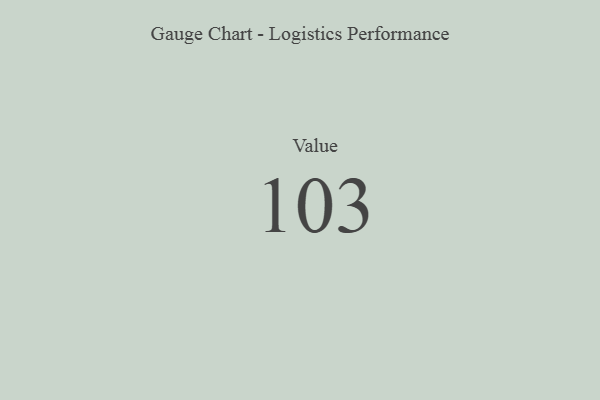
{"axis": {"x": "Metric", "y": "Value"}, "legend": [""], "data": [{"x": "Value", "y": 103, "type": ""}]}